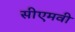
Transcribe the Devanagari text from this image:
सीएमवी